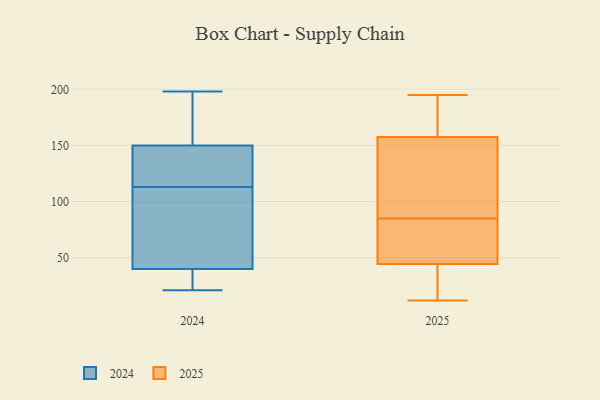
{"axis": {"x": "Inventory Turnover", "y": "Value"}, "legend": ["2024", "2025"], "data": [{"x": "", "y": 34, "type": "2024"}, {"x": "", "y": 189, "type": "2024"}, {"x": "", "y": 21, "type": "2024"}, {"x": "", "y": 121, "type": "2024"}, {"x": "", "y": 160, "type": "2024"}, {"x": "", "y": 81, "type": "2024"}, {"x": "", "y": 21, "type": "2024"}, {"x": "", "y": 147, "type": "2024"}, {"x": "", "y": 113, "type": "2024"}, {"x": "", "y": 58, "type": "2024"}, {"x": "", "y": 151, "type": "2024"}, {"x": "", "y": 22, "type": "2024"}, {"x": "", "y": 77, "type": "2024"}, {"x": "", "y": 198, "type": "2024"}, {"x": "", "y": 128, "type": "2024"}, {"x": "", "y": 85, "type": "2025"}, {"x": "", "y": 12, "type": "2025"}, {"x": "", "y": 37, "type": "2025"}, {"x": "", "y": 18, "type": "2025"}, {"x": "", "y": 51, "type": "2025"}, {"x": "", "y": 195, "type": "2025"}, {"x": "", "y": 146, "type": "2025"}, {"x": "", "y": 55, "type": "2025"}, {"x": "", "y": 95, "type": "2025"}, {"x": "", "y": 192, "type": "2025"}, {"x": "", "y": 85, "type": "2025"}, {"x": "", "y": 193, "type": "2025"}, {"x": "", "y": 136, "type": "2025"}, {"x": "", "y": 169, "type": "2025"}, {"x": "", "y": 38, "type": "2025"}, {"x": "", "y": 53, "type": "2025"}]}